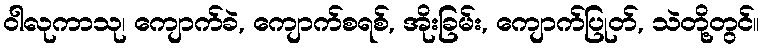
ဝါလုကာသု၊ ကျောက်ခဲ, ကျောက်စရစ်, အိုးခြမ်း, ကျောက်ပြုတ်, သဲတို့တွင်။